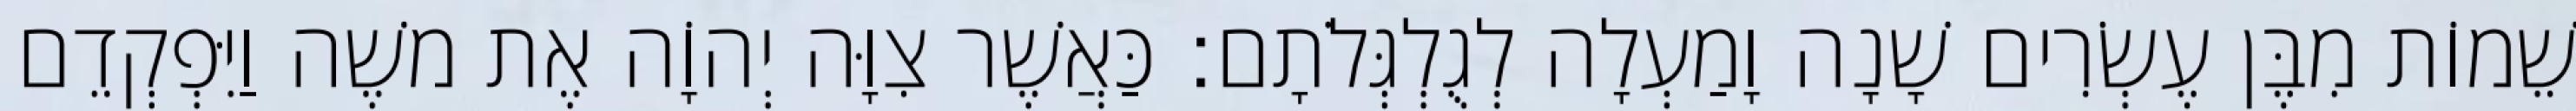
שֵׁמוֹת מִבֶּן עֶשְׂרִים שָׁנָה וָמַעְלָה לְגֻלְגְּלֹתָם׃ כַּאֲשֶׁר צִוָּה יְהוָֹה אֶת משֶׁה וַיִּפְקְדֵם